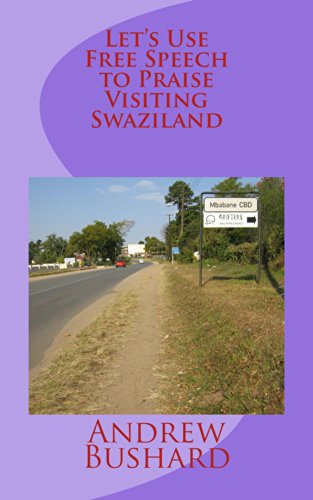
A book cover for Let's Use Free Speech to Praise Visiting Swaziland; Andrew Bushard; Travel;